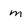
Character: m